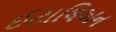
ઈટાલિઅન